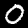
Label: 0